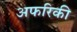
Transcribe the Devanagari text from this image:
अफरिकी